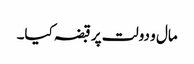
مال و دولت پر قبضہ کیا۔